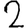
Digit: 2